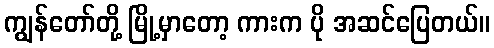
ကျွန်တော်တို့ မြို့မှာတော့ ကားက ပို အဆင်ပြေတယ်။